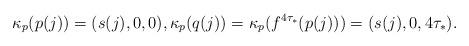
LaTeX: \begin{align*}\kappa_{p}(p(j))=(s(j),0,0),\kappa_{p}(q(j))=\kappa_{p}(f^{4\tau_*}(p(j)))=(s(j),0,4\tau_*).\end{align*}